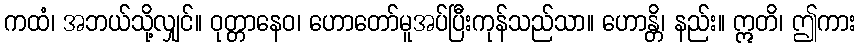
ကထံ၊ အဘယ်သို့လျှင်။ ဝုတ္တာနေဝ၊ ဟောတော်မူအပ်ပြီးကုန်သည်သာ။ ဟောန္တိ၊ နည်း။ ဣတိ၊ ဤကား